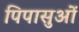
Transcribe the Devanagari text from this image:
पिपासुओं